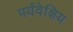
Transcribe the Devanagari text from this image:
पर्यंवेक्षिय